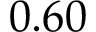
0 . 6 0